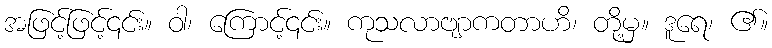
အဖြင့်ဖြင့်၎င်း။ ဝါ၊ ကြောင့်၎င်း။ ကုသလာဗျာကတာဟိ၊ တို့မှ။ ဒူရေ၊ ၏။